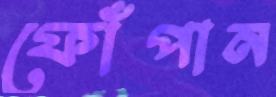
ফোঁপান